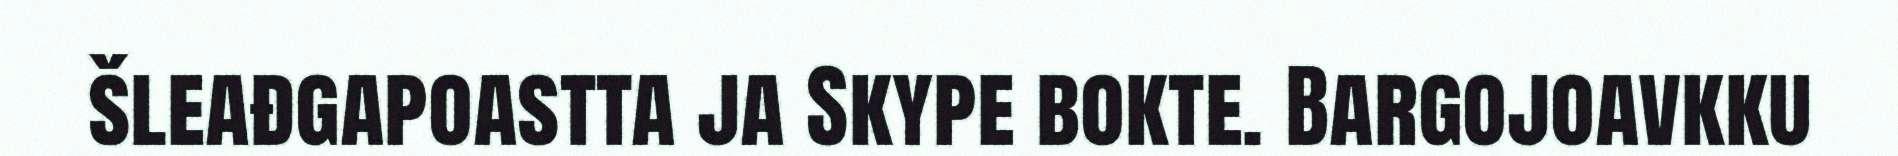
šleađgapoastta ja Skype bokte. Bargojoavkku